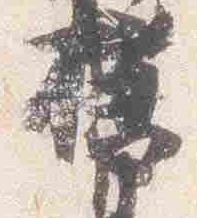
櫛